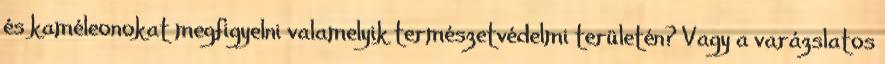
és kaméleonokat megfigyelni valamelyik természetvédelmi területén? Vagy a varázslatos